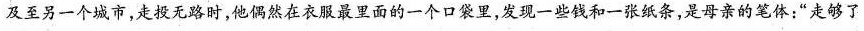
至另一个城市，走投无路时，他偶然在衣服最里面的一个口袋里，发现一些钱和一张纸条，是母亲的笔体：”走够了